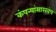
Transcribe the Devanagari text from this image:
कंपन्यांसारखंच